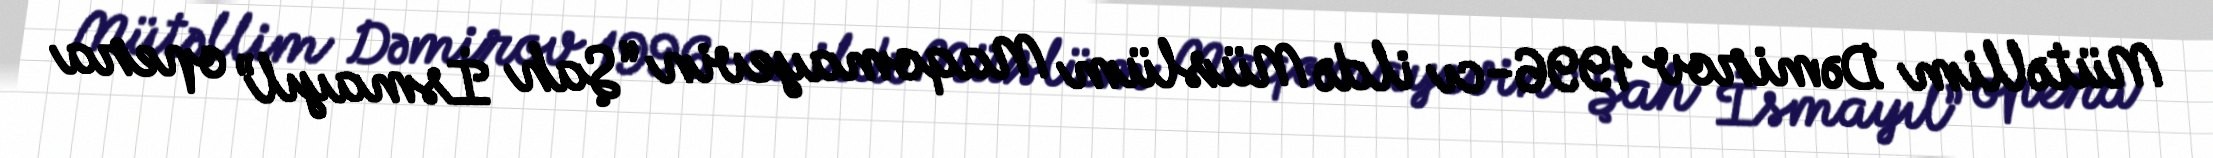
Mütəllim Dəmirov 1996-cı ildə Müslüm Maqomayevin “Şah İsmayıl” opera